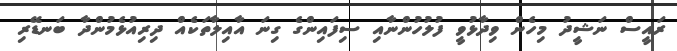
ރައީސް ނަޝީދު މިހެން ވިދާޅުވީ ފުލުހުންނާއި ސިފައިންގެ ގިނަ އާއިލާތަކެއް ދިރިއުޅެމުންދާ ބަނޑޭރި